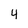
Character: 4